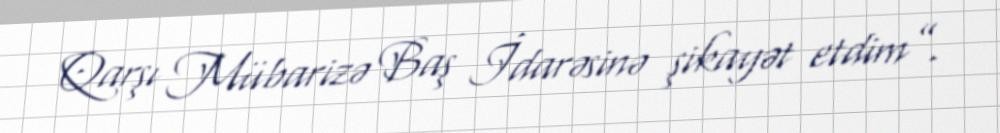
Qarşı Mübarizə Baş İdarəsinə şikayət etdim”.